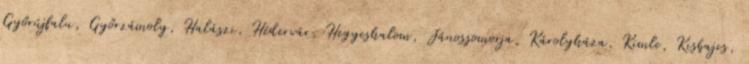
Győrújfalu, Győrzámoly, Halászi, Hédervár, Hegyeshalom, Jánossomorja, Károlyháza, Kimle, Kisbajcs,